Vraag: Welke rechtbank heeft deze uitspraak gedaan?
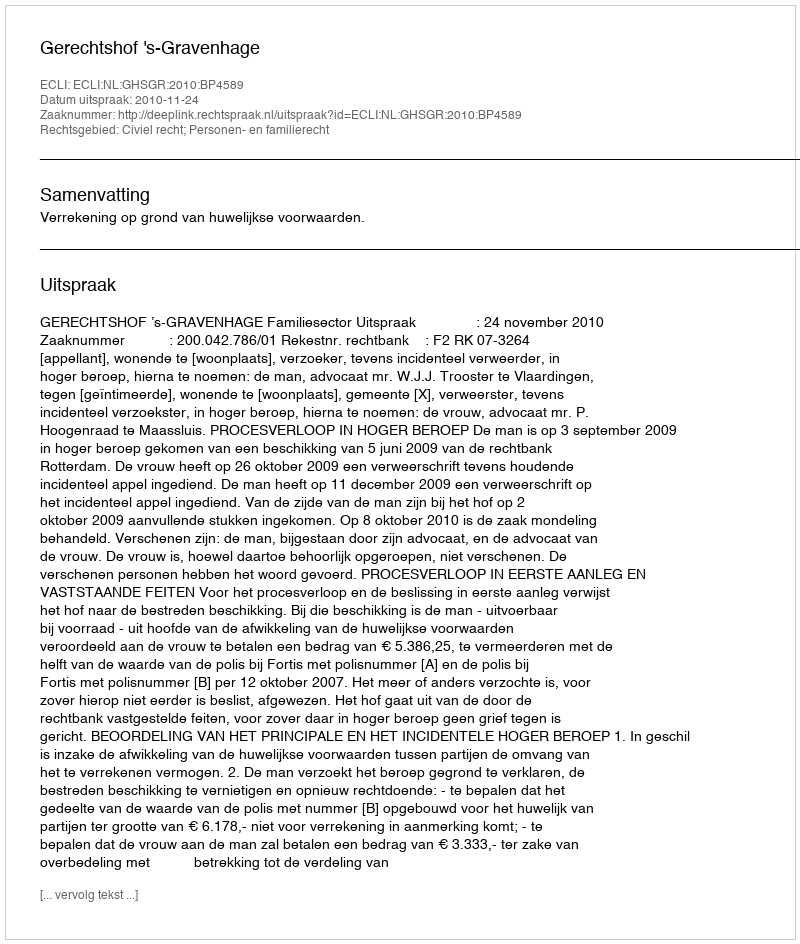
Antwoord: Gerechtshof 's-Gravenhage